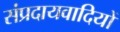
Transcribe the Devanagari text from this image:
संप्रदायवादियों